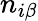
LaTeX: n_{i\beta}